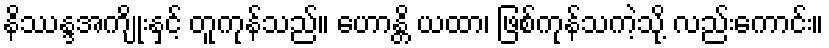
နိဿန္ဒအကျိုးနှင့် တူကုန်သည်။ ဟောန္တိ ယထာ၊ ဖြစ်ကုန်သကဲ့သို့ လည်းကောင်း။